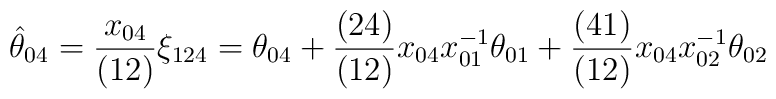
\hat \theta_{04} = {x_{04} \over (12)} \xi_{124} = \theta_{04}  +{(24)\over (12)}x_{04}x^{-1}_{01}\theta_{01} +   {(41)\over (12)}x_{04}x^{-1}_{02}\theta_{02}